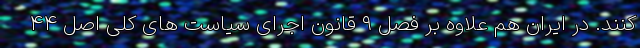
‌کنند. در ایران هم علاوه بر فصل ۹ قانون اجرای سیاست های کلی اصل ۴۴